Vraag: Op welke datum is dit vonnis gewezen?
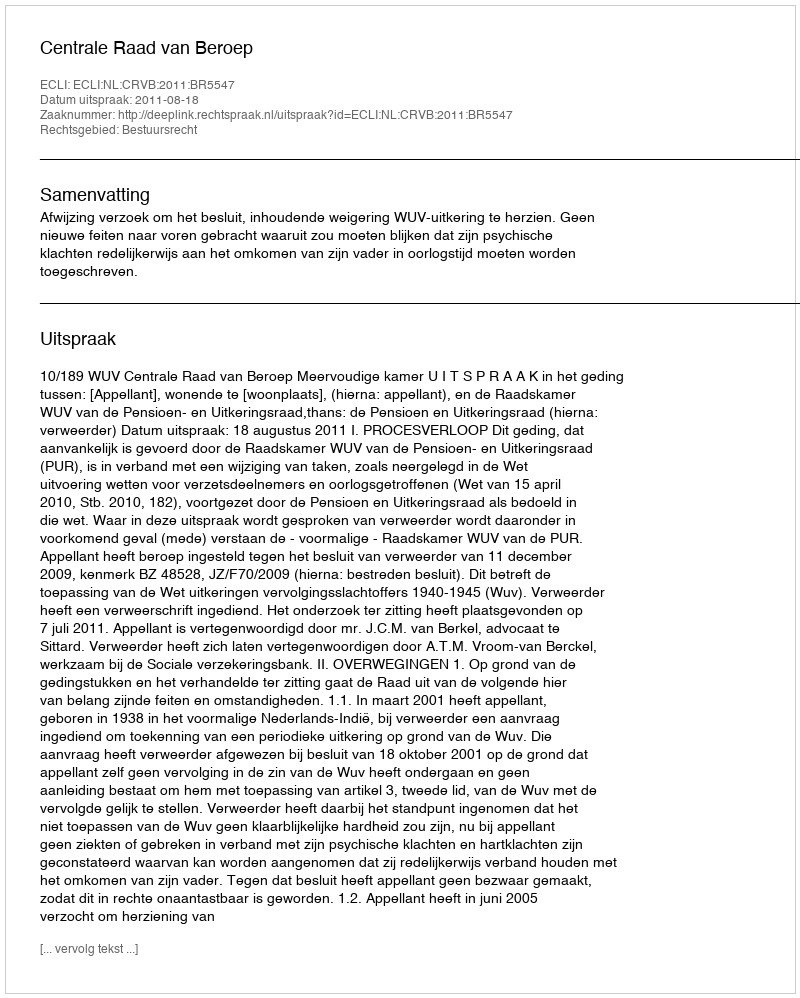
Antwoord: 2011-08-18